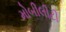
મોબીલીટી